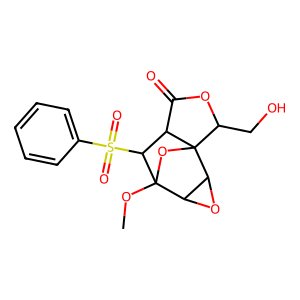
SMILES: COC12OC3(C(CO)OC(=O)C3C1S(=O)(=O)c1ccccc1)C1OC12
Inhibits HIV replication: No